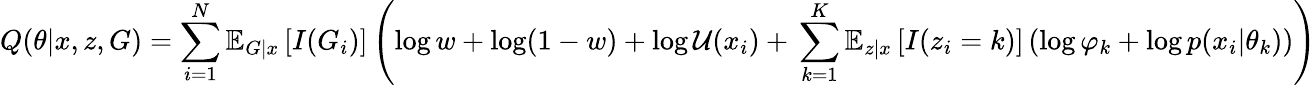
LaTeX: Q(\theta|x,z,G)=\sum_{i=1}^{N}\mathbb{E}_{G|x}\left[I(G_{i})\right]\left(\log w+\log(1-w)+\log{\mathcal{U}(x_{i})}+\, \sum_{k=1}^{K}\mathbb{E}_{z|x}\left[I(z_{i}=k)\right]\left(\log\varphi_{k}+\log p(x_{i}|\theta_{k})\right)\right)